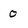
Character: 0